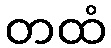
တထံ